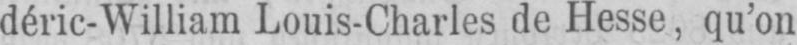
déric-William Louis-Charles de Hesse, qu’on